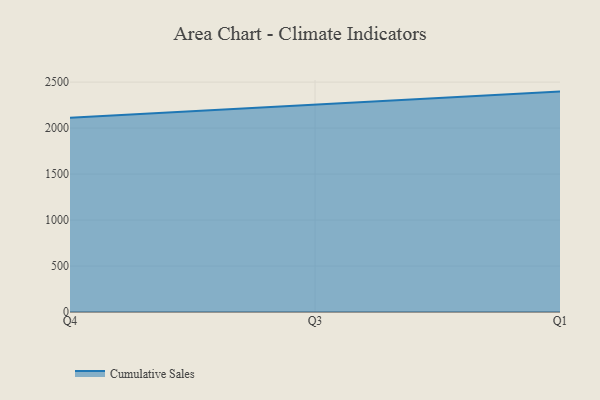
{"axis": {"x": "Quarter", "y": "Conversion Rate (%)"}, "legend": ["Cumulative Sales"], "data": [{"x": "Q4", "y": 2111.6, "type": "Cumulative Sales"}, {"x": "Q3", "y": 2252.8, "type": "Cumulative Sales"}, {"x": "Q1", "y": 2396.7, "type": "Cumulative Sales"}]}